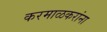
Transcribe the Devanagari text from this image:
करमाळकरांना